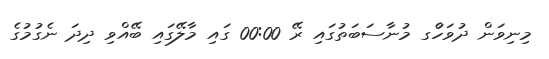
މިނިވަން ދުވަހުެގ މުނާސަބަތުގައި ރޭ 00:00 ގައި މާލޭގައި ބޭއްވި ދިދަ ނެގުމުގެ